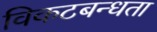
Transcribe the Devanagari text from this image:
विकटबन्धता